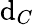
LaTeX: \mathrm{d}_{C}